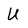
Character: U